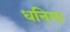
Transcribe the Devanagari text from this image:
धनिगा